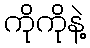
ကိုကိုနဲ့